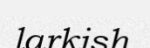
larkish